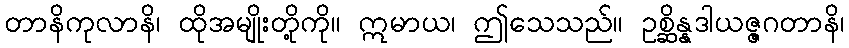
တာနိကုလာနိ၊ ထိုအမျိုးတို့ကို။ ဣမာယ၊ ဤသေသည်။ ဥစ္ဆိန္နဒါယဇ္ဇဂတာနိ၊